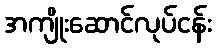
အကျိုးဆောင်လုပ်ငန်း